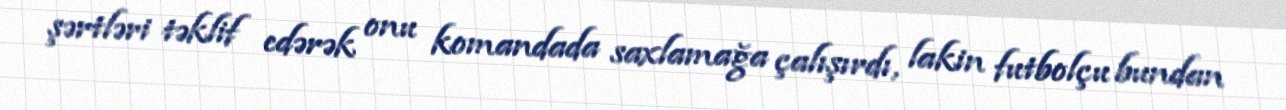
şərtləri təklif edərək onu komandada saxlamağa çalışırdı, lakin futbolçu bundan